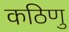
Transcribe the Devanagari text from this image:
कठिणु